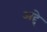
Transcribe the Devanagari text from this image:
अद्दे